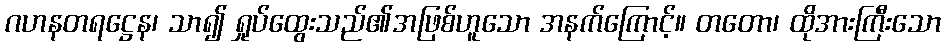
ဂဟနတရဋ္ဌေန၊ သာ၍ ရှုပ်ထွေးသည်၏အဖြစ်ဟူသော အနက်ကြောင့်။ တတော၊ ထိုအားကြီးသော